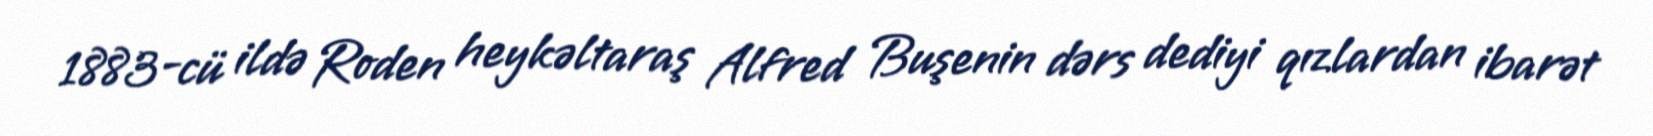
1883-cü ildə Roden heykəltaraş Alfred Buşenin dərs dediyi qızlardan ibarət